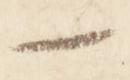
一